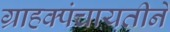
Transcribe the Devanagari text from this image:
ग्राहक्पंचायतीने